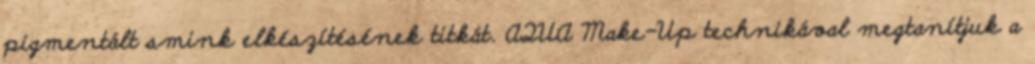
pigmentált smink elkészítésének titkát. AQUA Make-Up technikával megtanítjuk a